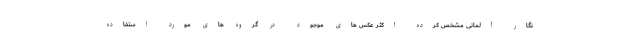
نگار آلمانی مشخص کرده اکثر عکس های موجود در گروه های مورد استفاده